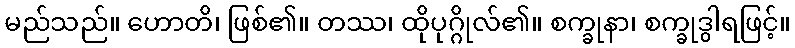
မည်သည်။ ဟောတိ၊ ဖြစ်၏။ တဿ၊ ထိုပုဂ္ဂိုလ်၏။ စက္ခုနာ၊ စက္ခုဒွါရဖြင့်။